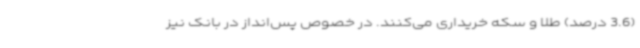
(3.6 درصد) طلا و سکه خریداری می‌کنند. در خصوص پس‌انداز در بانک نیز